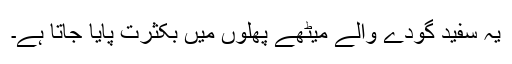
یہ سفید گودے والے میٹھے پھلوں میں بکثرت پایا جاتا ہے۔